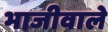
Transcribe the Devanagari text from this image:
भाजीवाले